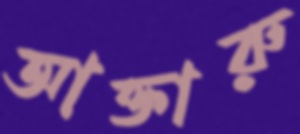
আক্তারু